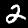
Digit: 2